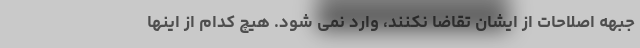
جبهه اصلاحات از ایشان تقاضا نکنند، وارد نمی شود. هیچ کدام از اینها